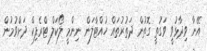
އޭނާ ވިދާޅުވީ ވަގުތީ ގޮތުން ދަތުރުތައް ހުއްޓާލަން ނިންމީ ލޯކަލް ޓްރެފިކް ދަށްވުމުން